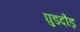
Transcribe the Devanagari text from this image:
घुडदौड़